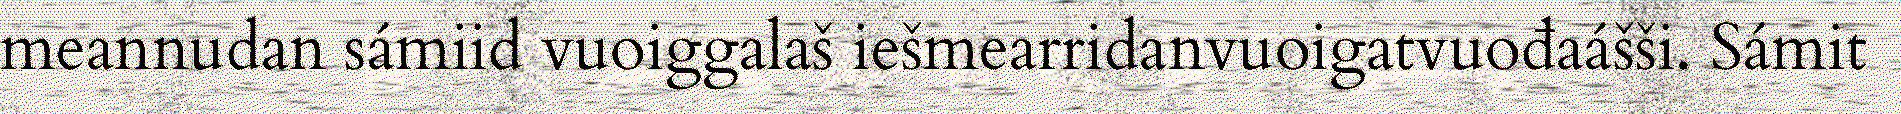
meannudan sámiid vuoiggalaš iešmearridanvuoigatvuođaášši. Sámit